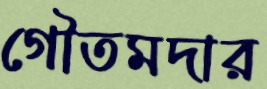
গৌতমদার